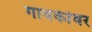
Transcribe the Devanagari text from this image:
गायकींवर